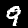
Digit: 9